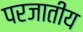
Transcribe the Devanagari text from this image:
परजातीय